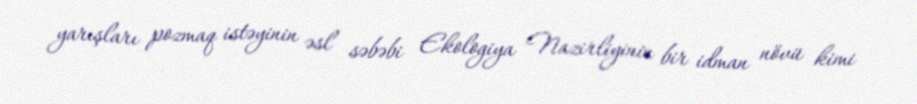
yarışları pozmaq istəyinin əsl səbəbi Ekologiya Nazirliyinin bir idman növü kimi